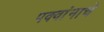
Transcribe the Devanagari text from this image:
पक्वांनाचे